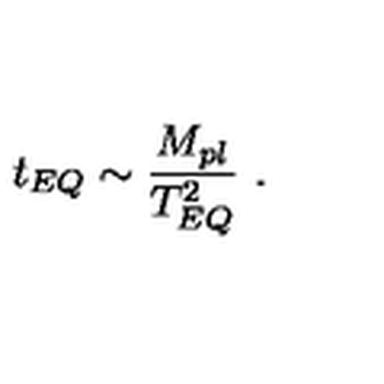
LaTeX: t _ { E Q } \sim \frac { M _ { p l } } { T _ { E Q } ^ { 2 } } \ .